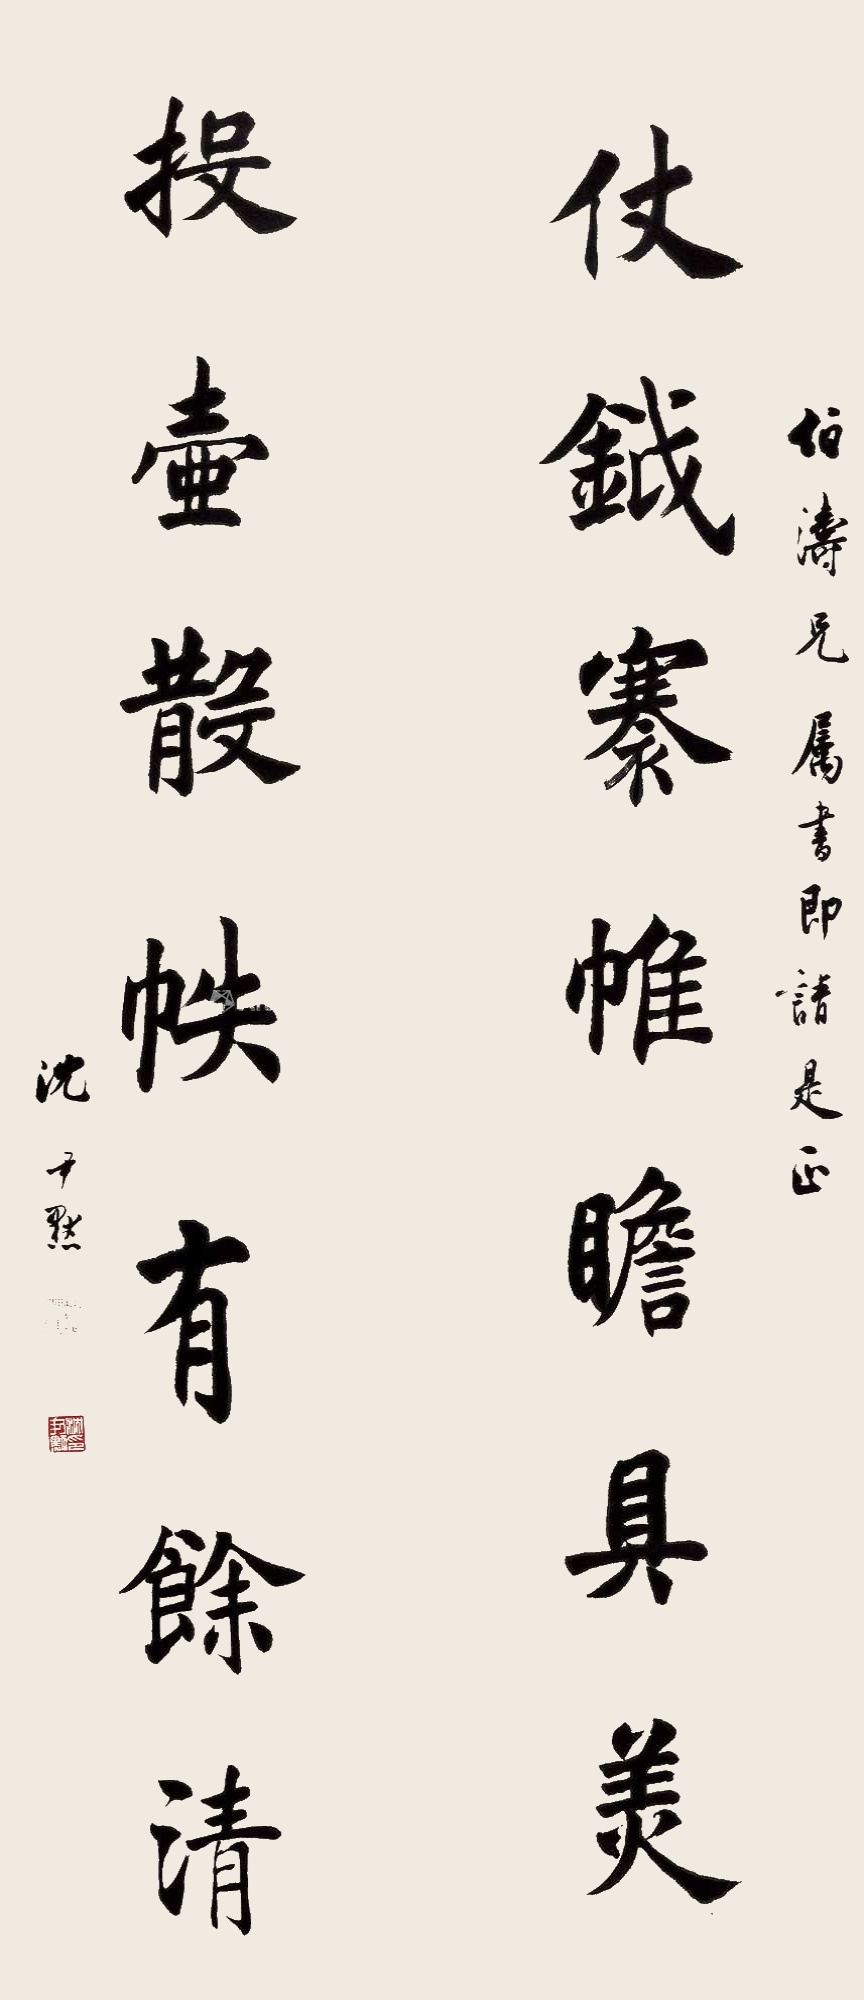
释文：仗𫓰褰帷瞻具美，投壶散帙有余清。伯涛兄属书即请是正，沈尹默。